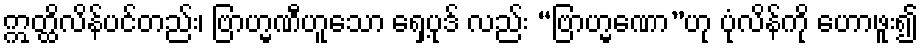
ဣတ္ထိလိန်ပင်တည်း၊ ဗြာဟ္မဏီဟူသော ရှေ့ပုဒ် လည်း “ဗြာဟ္မဏော”ဟု ပုံလိန်ကို ဟောဖူး၍